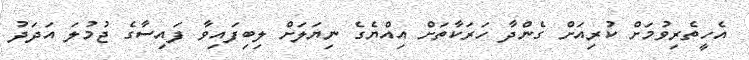
އެހީތެރިވުމަށް ކުރިއަށް ގެންދާ ހަރަކާތަށް އިއްޔެގެ ނިޔަލަށް ލިބިފައިވާ ފައިސާގެ ޖުމުލަ އަދަދު